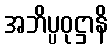
အဘိပ္ပဝုဋ္ဌာနိ